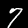
Digit: 7